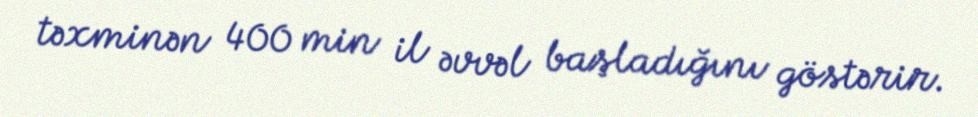
təxminən 400 min il əvvəl başladığını göstərir.